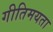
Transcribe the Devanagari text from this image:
गीतिमयता